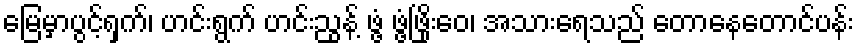
မြေမှာပွင့်ရှက်၊ ဟင်းရွက် ဟင်းညွန့် ဖွံ့ ဖွံ့ဖြိုးဝေ၊ အသားရေသည် တောနေတောင်ပန်း